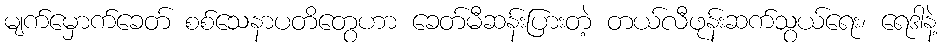
မျက်မှောက်ခေတ် စစ်သေနာပတိတွေဟာ ခေတ်မီဆန်းပြားတဲ့ တယ်လီဖုန်းဆက်သွယ်ရေး၊ ရေဒါနဲ့